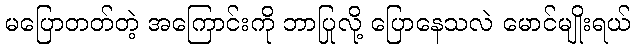
မပြောတတ်တဲ့ အကြောင်းကို ဘာပြုလို့ ပြောနေသလဲ မောင်မျိုးရယ်